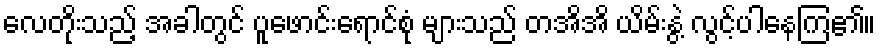
လေတိုးသည့် အခါတွင် ပူဖောင်းရောင်စုံ များသည် တအိအိ ယိမ်းနွဲ့ လွင့်ပါနေကြ၏။